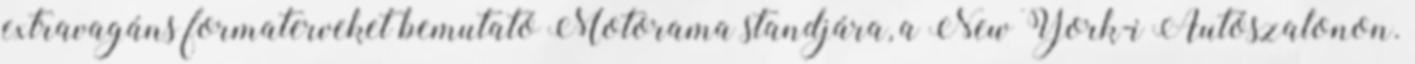
extravagáns formaterveket bemutató Motorama standjára, a New York-i Autószalonon.